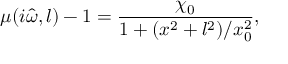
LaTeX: \mu ( i \hat { \omega } , l ) - 1 = \frac { \chi _ { 0 } } { 1 + ( x ^ { 2 } + l ^ { 2 } ) / x _ { 0 } ^ { 2 } } ,